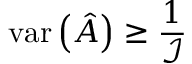
\mathrm { v a r } \left( { \hat { A } } \right) \geq { \frac { 1 } { \mathcal { I } } }